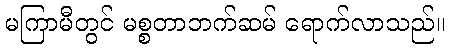
မကြာမီတွင် မစ္စတာဘက်ဆမ် ရောက်လာသည်။